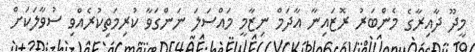
މީދޫ ދާއިރާގެ މެންބަރު ރޮޒައިނާ އާދަމް ނިޒާމީ މައްސަލަ ނަންގަވާ ކުރިމަތިކުރެއްވި ސުވާލަކަށް